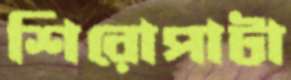
শিরোপাটা